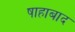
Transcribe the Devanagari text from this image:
षाहाबाद